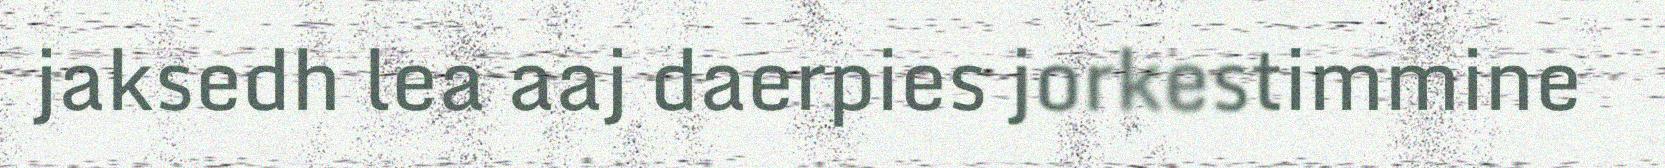
jaksedh lea aaj daerpies jorkestimmine